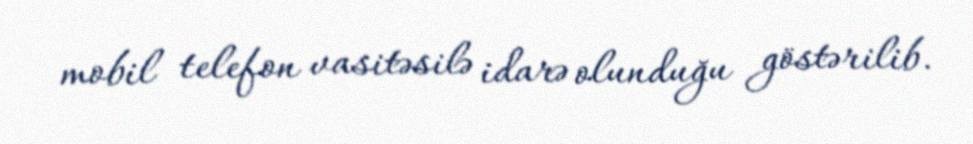
mobil telefon vasitəsilə idarə olunduğu göstərilib.